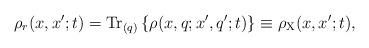
LaTeX: \begin{align*}\rho_r(x,x';t) = {\rm Tr}_{(q)} \left\{ \rho(x,q;x',q';t)\right\} \equiv \rho_{\rm X}(x,x';t) , \end{align*}